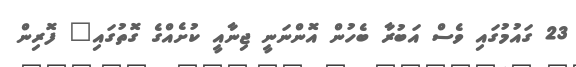
23 ގައުމުގައި ވެސް އަބުރާ ބެހުން އޮންނަނީ ޖިނާއީ ކުށެއްގެ ގޮތުގައި" ފޮރިން